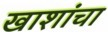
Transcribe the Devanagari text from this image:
खाशांचा